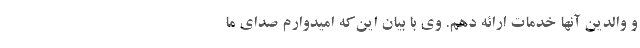
و والدین آنها خدمات ارائه دهم. وی با بیان این‌که امیدوارم صدای ما